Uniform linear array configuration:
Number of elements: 8
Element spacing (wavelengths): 0.5
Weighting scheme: blackman
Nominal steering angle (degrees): -60
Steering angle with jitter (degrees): -58.424
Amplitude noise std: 0.05
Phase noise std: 0.05

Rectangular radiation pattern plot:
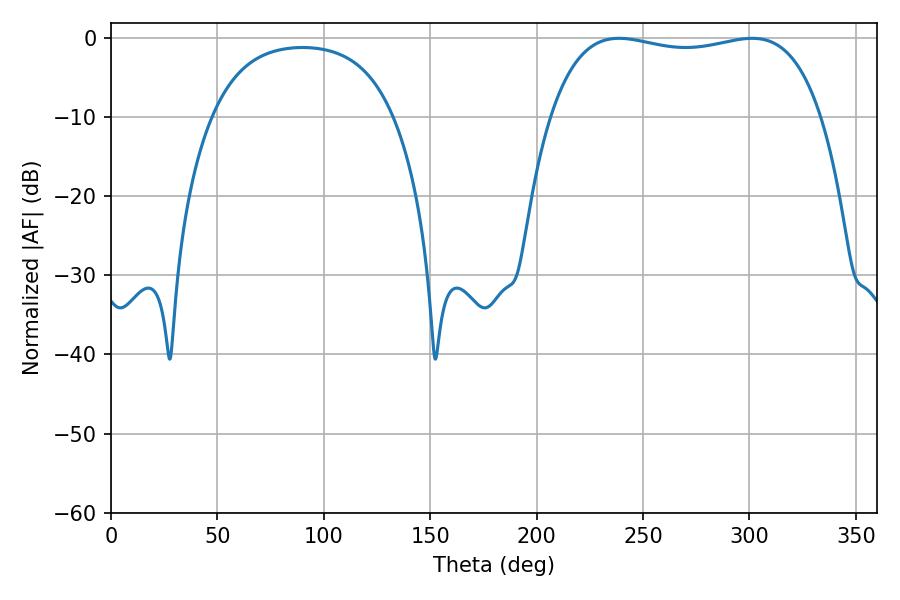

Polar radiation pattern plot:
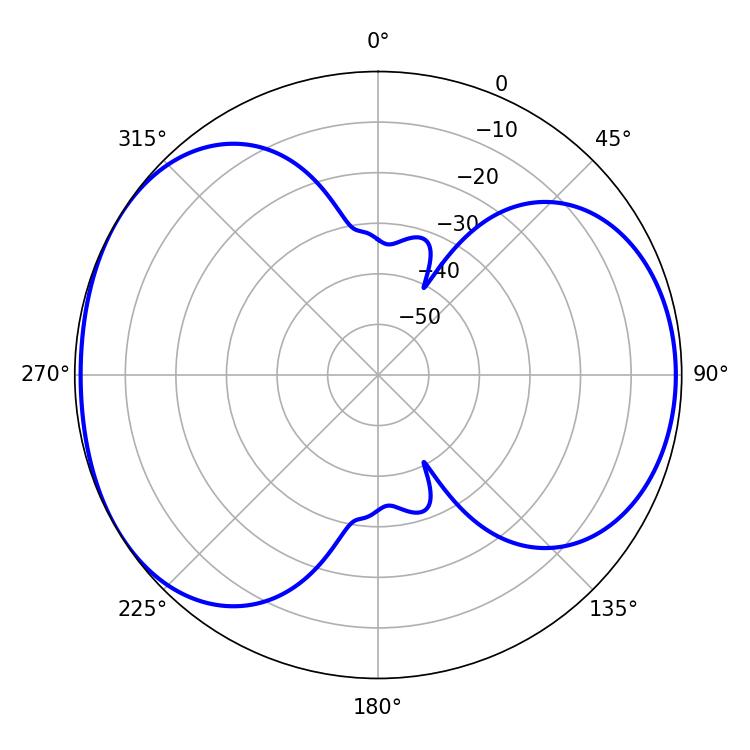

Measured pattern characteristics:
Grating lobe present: FALSE
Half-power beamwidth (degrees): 102.6
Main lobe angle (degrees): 238.68